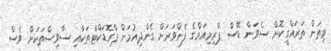
މިތަން ތަރައްގީކޮށް ސެވަން ޑޭސް ޕްރިމިއަމްގެ ފެންވަރަށް ގެންދިއުމަށް ޕްރޮޑަކްޓްތަކާއި ސާވިސްތަކަށް ވެސް